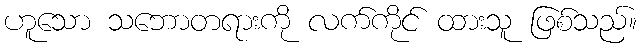
ဟူသော သဘောတရားကို လက်ကိုင် ထားသူ ဖြစ်သည်။